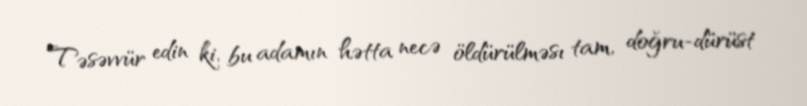
Təsəvvür edin ki, bu adamın hətta necə öldürülməsı tam, doğru-dürüst